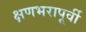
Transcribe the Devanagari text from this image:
क्षणभरापूर्वी